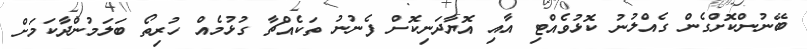
ބޭނުންކޮށްގެން ގެއްލުނު ކޮޅުވެއްޓި އާއި އޮޔާދަނިކޮށް ފެނުނު ތަކެއްޗާ ގުޅުމެއް ހުރިތޯ ބަލަމުންދާކަމަށް